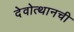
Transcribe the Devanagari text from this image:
देवोत्थानची